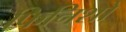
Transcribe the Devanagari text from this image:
फिनिशों